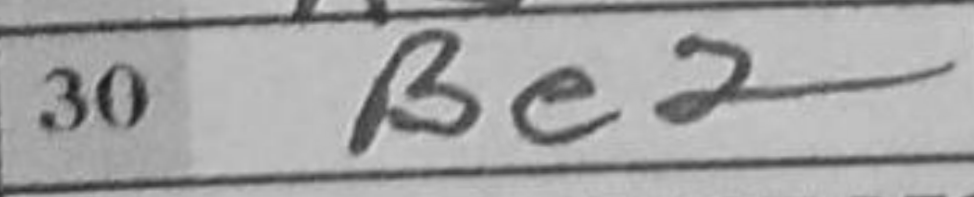
Transcription: Be2